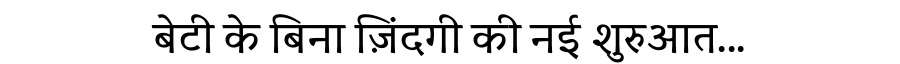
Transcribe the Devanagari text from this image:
बेटी के बिना ज़िंदगी की नई शुरुआत...